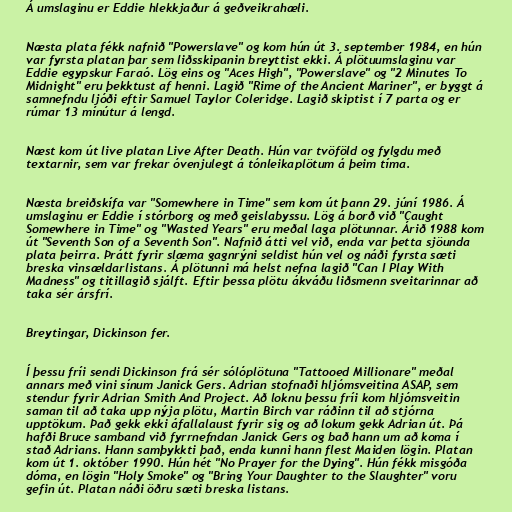
Á umslaginu er Eddie hlekkjaður á geðveikrahæli.

Næsta plata fékk nafnið "Powerslave" og kom hún út 3. september 1984, en hún
var fyrsta platan þar sem liðsskipanin breyttist ekki. Á plötuumslaginu var
Eddie egypskur Faraó. Lög eins og "Aces High", "Powerslave" og "2 Minutes To
Midnight" eru þekktust af henni. Lagið "Rime of the Ancient Mariner", er byggt á
samnefndu ljóði eftir Samuel Taylor Coleridge. Lagið skiptist í 7 parta og er
rúmar 13 mínútur á lengd.

Næst kom út live platan Live After Death. Hún var tvöföld og fylgdu með
textarnir, sem var frekar óvenjulegt á tónleikaplötum á þeim tíma.

Næsta breiðskífa var "Somewhere in Time" sem kom út þann 29. júní 1986. Á
umslaginu er Eddie í stórborg og með geislabyssu. Lög á borð við "Caught
Somewhere in Time" og "Wasted Years" eru meðal laga plötunnar. Árið 1988 kom
út "Seventh Son of a Seventh Son". Nafnið átti vel við, enda var þetta sjöunda
plata þeirra. Þrátt fyrir slæma gagnrýni seldist hún vel og náði fyrsta sæti
breska vinsældarlistans. Á plötunni má helst nefna lagið "Can I Play With
Madness" og titillagið sjálft. Eftir þessa plötu ákváðu liðsmenn sveitarinnar að
taka sér ársfrí.

Breytingar, Dickinson fer.

Í þessu fríi sendi Dickinson frá sér sólóplötuna "Tattooed Millionare" meðal
annars með vini sínum Janick Gers. Adrian stofnaði hljómsveitina ASAP, sem
stendur fyrir Adrian Smith And Project. Að loknu þessu fríi kom hljómsveitin
saman til að taka upp nýja plötu, Martin Birch var ráðinn til að stjórna
upptökum. Það gekk ekki áfallalaust fyrir sig og að lokum gekk Adrian út. Þá
hafði Bruce samband við fyrrnefndan Janick Gers og bað hann um að koma í
stað Adrians. Hann samþykkti það, enda kunni hann flest Maiden lögin. Platan
kom út 1. október 1990. Hún hét "No Prayer for the Dying". Hún fékk misgóða
dóma, en lögin "Holy Smoke" og "Bring Your Daughter to the Slaughter" voru
gefin út. Platan náði öðru sæti breska listans.